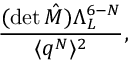
\frac { ( \mathrm { d e t } \, \hat { M } ) \Lambda _ { L } ^ { 6 - N } } { \langle q ^ { N } \rangle ^ { 2 } } ,